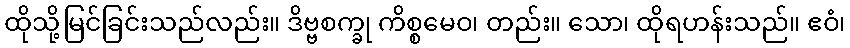
ထိုသို့မြင်ခြင်းသည်လည်း။ ဒိဗ္ဗစက္ခု ကိစ္စမေဝ၊ တည်း။ သော၊ ထိုရဟန်းသည်။ ဧဝံ၊